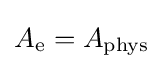
A_{\text{e}}=A_{\text{phys}}